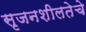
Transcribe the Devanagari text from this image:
सृजनशीलतेचे